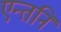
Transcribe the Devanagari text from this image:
एन्तनि